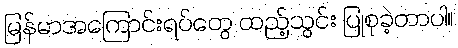
မြန်မာအကြောင်းရပ်တွေ ထည့်သွင်း ပြုစုခဲ့တာပါ။